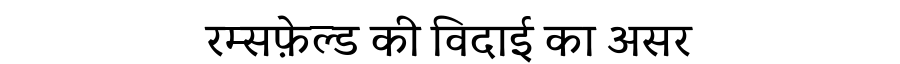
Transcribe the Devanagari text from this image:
रम्सफ़ेल्ड की विदाई का असर